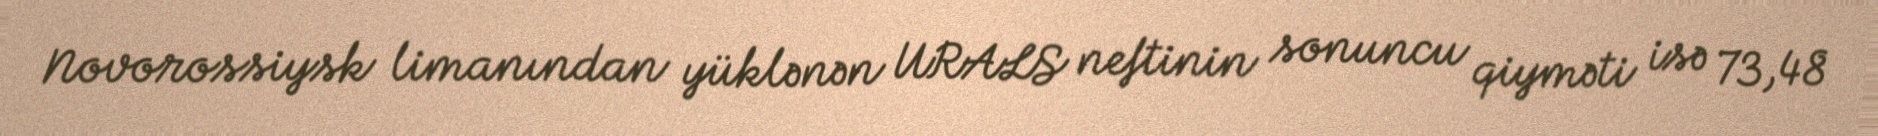
Novorossiysk limanından yüklənən URALS neftinin sonuncu qiyməti isə 73,48